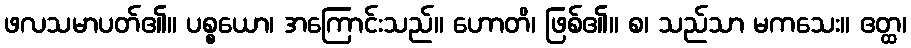
ဖလသမာပတ်၏။ ပစ္စယော၊ အကြောင်းသည်။ ဟောတိ၊ ဖြစ်၏။ စ၊ သည်သာ မကသေး။ ဧတ္ထ၊